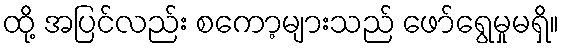
ထို့ အပြင်လည်း စကော့များသည် ဖော်ရွေမှုမရှိ။